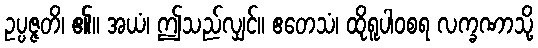
ဥပ္ပဇ္ဇတိ၊ ၏။ အယံ၊ ဤသည်လျှင်။ ဧတေသံ၊ ထိုရူပါဝစရ လက္ခဏာသို့